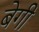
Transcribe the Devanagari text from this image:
बेगी